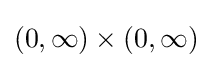
(0,\infty )\times (0,\infty )